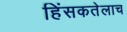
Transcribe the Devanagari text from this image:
हिंसकतेलाच